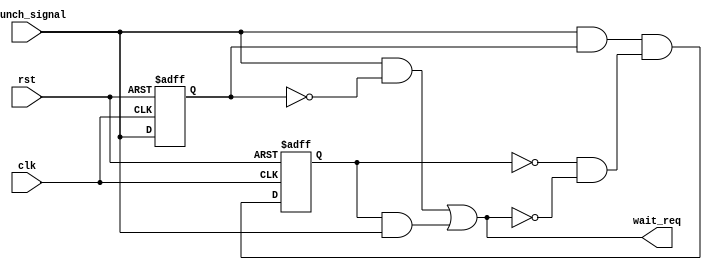
// (C) 2001-2011 Altera Corporation. All rights reserved.
// Your use of Altera Corporation's design tools, logic functions and other 
// software and tools, and its AMPP partner logic functions, and any output 
// files any of the foregoing (including device programming or simulation 
// files), and any associated documentation or information are expressly subject 
// to the terms and conditions of the Altera Program License Subscription 
// Agreement, Altera MegaCore Function License Agreement, or other applicable 
// license agreement, including, without limitation, that your use is for the 
// sole purpose of programming logic devices manufactured by Altera and sold by 
// Altera or its authorized distributors.  Please refer to the applicable 
// agreement for further details.


`timescale 1 ps / 1 ps
module  altera_wait_generate
//#(
//This code only works when wait_cycle =1, if need other case, you need to modify this code.
//please set wait_cycle default value as 1 to keep old design works.
//   parameter wait_cycle =1
//   ) 
(   
   input   wire         rst,
   input   wire         clk,
   input   wire		launch_signal,
   output   wire	wait_req
   );
reg launch_reg = 0;
reg wait_reg = 0;
always @ (posedge clk, posedge rst) begin
	if(rst) launch_reg <= 1'b0;
	else 	launch_reg <= launch_signal;
end
always @ (posedge clk, posedge rst) begin
	if(rst) wait_reg <= 1'b0;
	else 	wait_reg <= launch_signal & launch_reg & (! wait_reg & !wait_req);
end
assign wait_req = (launch_signal & ~launch_reg) | (wait_reg & launch_signal ) ; 
endmodule